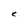
Character: C